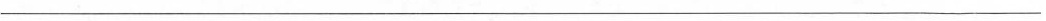
____